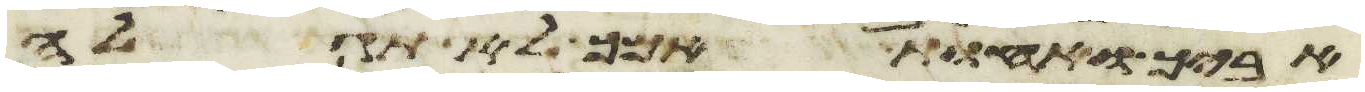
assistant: אביך ואחות אמך לא תגלה